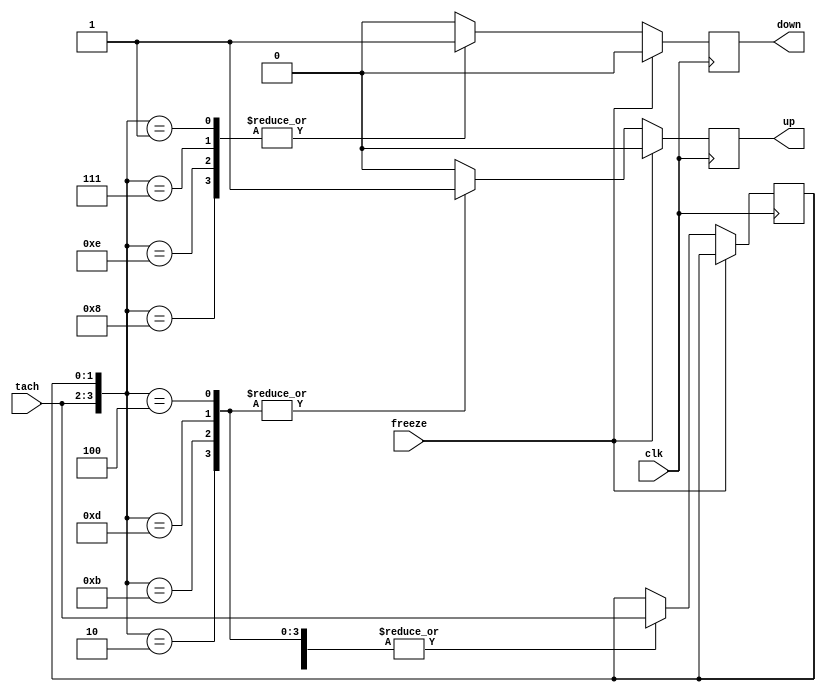
module graycode2(
  output up,
  output down,
  input clk,
  input freeze,
  input [1:0] tach);
  reg [1:0] last = 0;
  reg u = 0;
  reg d = 0;
  wire [3:0] encodedstate; 
  assign encodedstate = {tach, last};
  assign up = u;
  assign down = d;
  always @(posedge clk) begin
    u <= 0;
    d <= 0;
    if(~freeze) begin
      case(encodedstate) 
        4'b0000, 
        4'b1111,
        4'b1010,
        4'b0101:
          begin
          end
        4'b0100, 
        4'b1101,
        4'b1011,
        4'b0010:
          begin
            last <= tach;
            u <= 1;
            d <= 0;  
          end
        4'b0001, 
        4'b0111,
        4'b1110,
        4'b1000:
          begin
            last <= tach;
          	u <= 0;
            d <= 1;
          end
        4'b0011, 
        4'b1100,
        4'b0110,
        4'b1001:
          begin
          end 
        default: 
          begin
          	u <= 1'bx;
          	d <= 1'bx;
          end
      endcase    
    end  
  end
endmodule